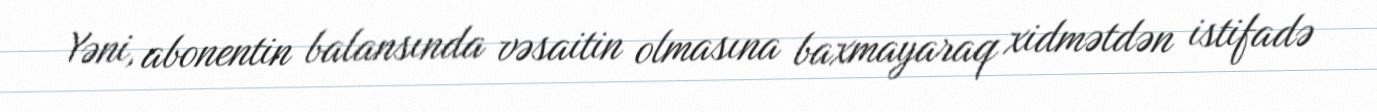
Yəni, abonentin balansında vəsaitin olmasına baxmayaraq xidmətdən istifadə